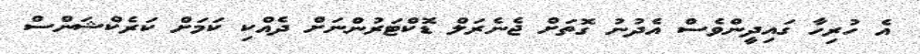
އެ ހުރިހާ ގައިދީންވެސް އެދުނު ގޮތަށް ޖެނެރަލް ޑޮކްޓަރުންނަށް ދެއްކި ކަމަށް ކަރެކްޝަންސް